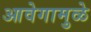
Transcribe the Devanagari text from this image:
आवेगामुळे